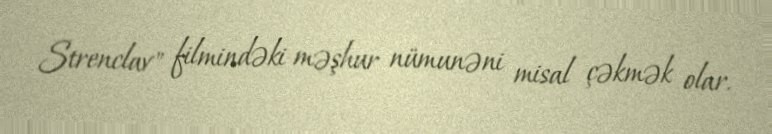
Strenclav" filmindəki məşhur nümunəni misal çəkmək olar.